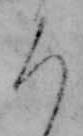
ろ